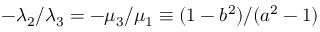
- \lambda _ { 2 } / \lambda _ { 3 } = - \mu _ { 3 } / \mu _ { 1 } \equiv ( 1 - b ^ { 2 } ) / ( a ^ { 2 } - 1 )